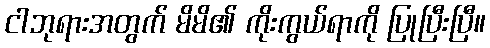
ငါဘုရားအတွက် မိမိ၏ ကိုးကွယ်ရာကို ပြုပြီးပြီ။